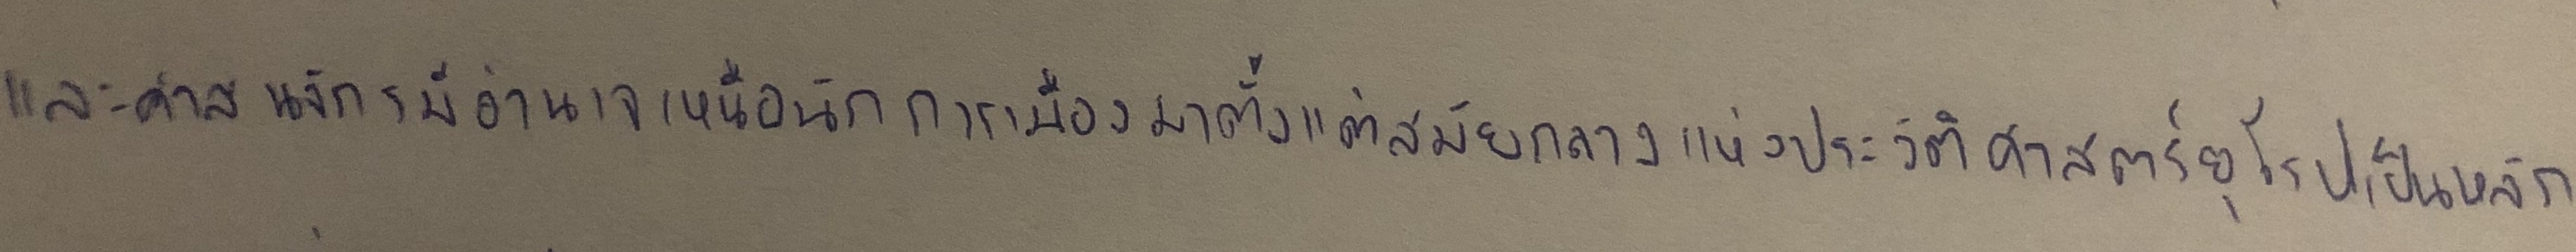
และศาสนจักรมีอำนาจเหนือนักการเมืองมาตั้งแต่สมัยต้นและสมัยกลางแห่งประวัติศาสตร์ยุโรปเป็นหลัก